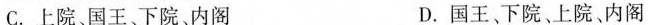
C.上院、国王、下院、内阁 D.国王、下院、上院、内阁